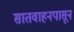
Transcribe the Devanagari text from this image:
सातवाहनपासून